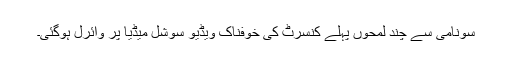
سونامی سے چند لمحوں پہلے کنسرٹ کی خوفناک ویڈیو سوشل میڈیا پر وائرل ہوگئی۔